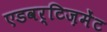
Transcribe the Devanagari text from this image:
एडवर्टिज़मेंट